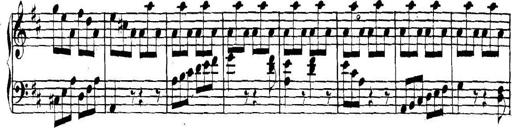
Title: Collected Piano Sonatas
Composer: Muzio Clementi